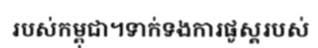
របស់កម្ពុជា។ទាក់ទងការផូស្តរបស់